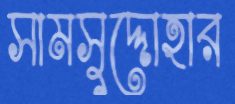
সামসুদ্দোহার